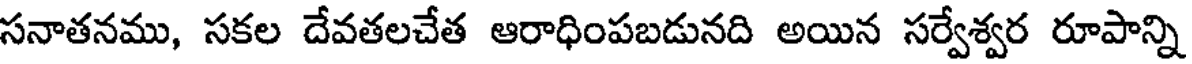
సనాతనము, సకల దేవతలచేత ఆరాధింపబడునది అయిన సర్వేశ్వర రూపాన్ని